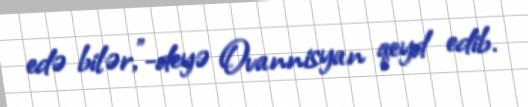
edə bilər,”-deyə Ovannisyan qeyd edib.